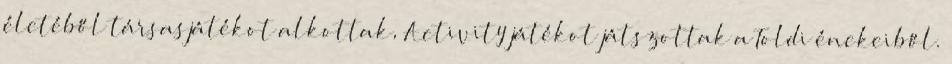
életéből társasjátékot alkottak, Activity játékot játszottak a Toldi énekeiből.